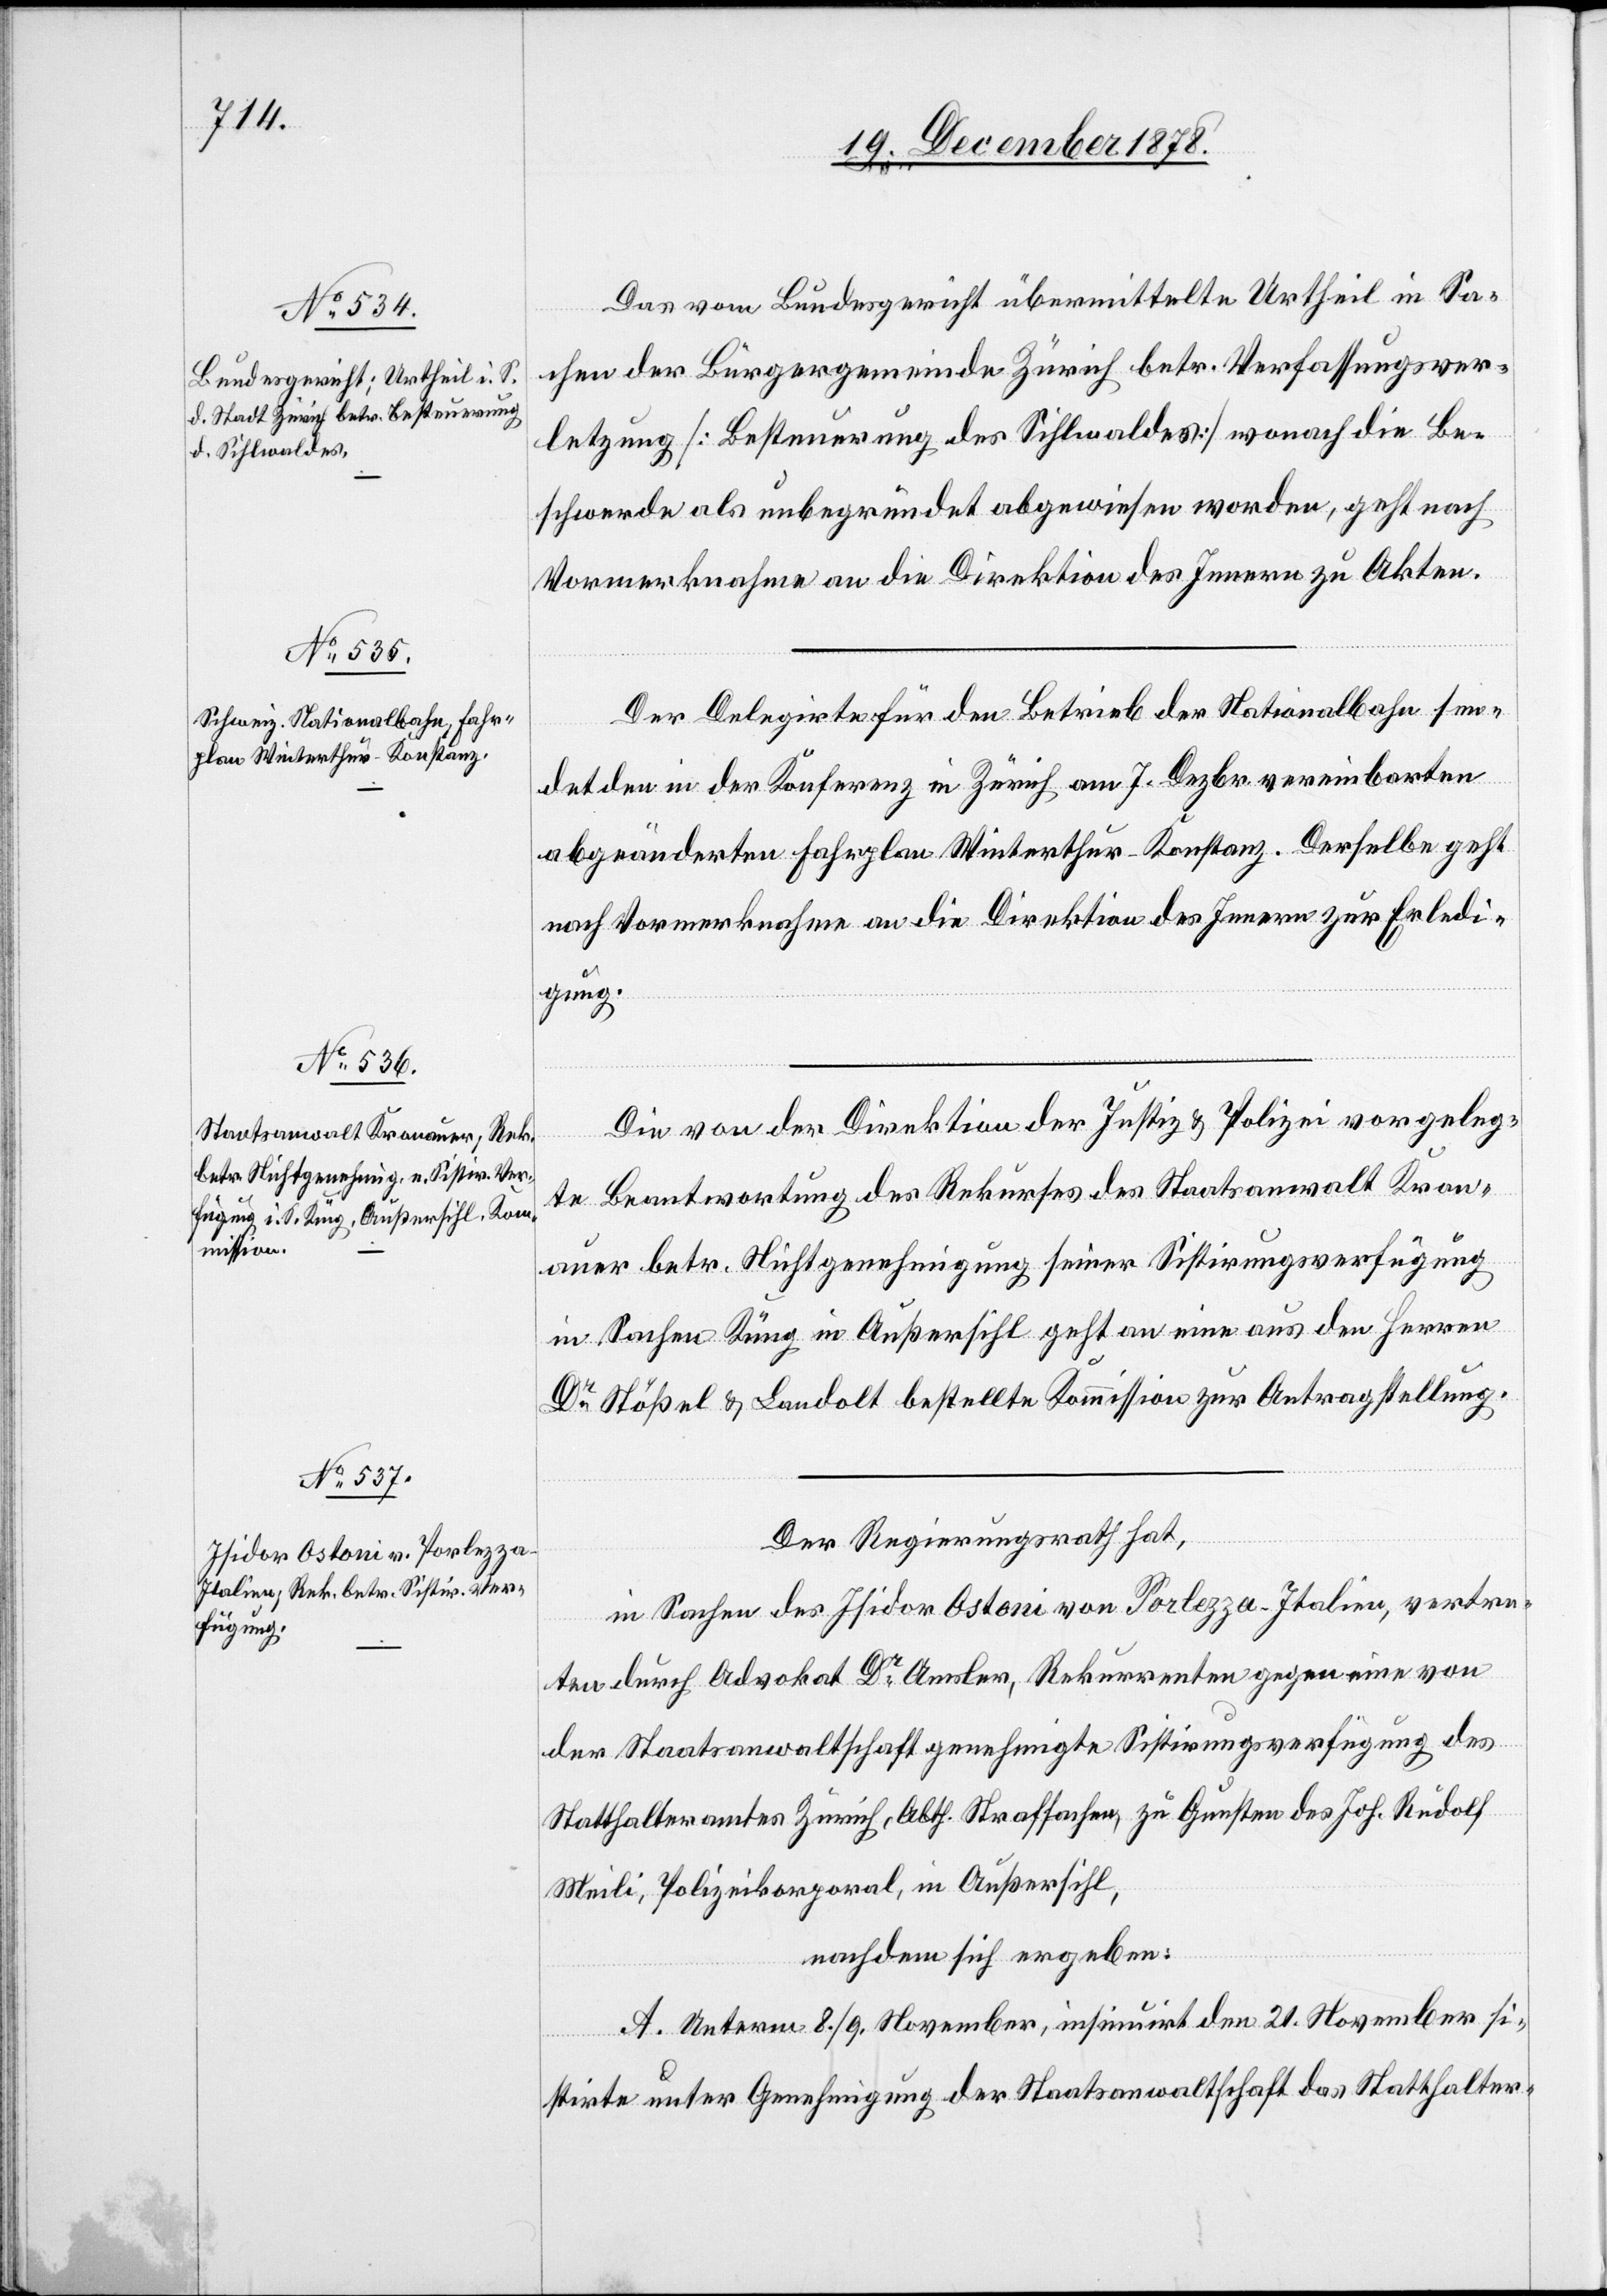
Das vom Bundesgericht übermittelte Urtheil in Sa¬
chen der Bürgergemeinde Zürich betr. Verfassungsver¬
letzung [Besteuerung des Sihlwaldes] wonach die Be¬
schwerde als unbegründet abgewiesen worden, geht nach
Vormerknahme an die Direktion des Innern zu Akten.
Der Delegirte für den Betreib der Nationalbahn sen¬
det den in der Konferenz in Zürich am 7. Dezbr. vereinbarten
abgeänderten Fahrplan Winterthur–Konstanz. Derselbe geht
nach Vormerknahme an die Direktion des Innern zur Erledi¬
gung.
Die von der Direktion der Justiz & Polizei vorgeleg¬
te Beantwortung des Rekurses des Staatsanwaltschaft Kron¬
auer betr. Nichtgenehmigung seiner Sistirungsverfügung
in Sachen Küng in Außersihl geht an eine aus den Herren
Dr Stößel & Landolt bestellte Kommission zur Antragstellung.